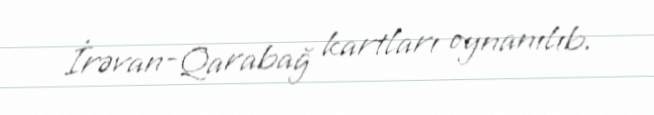
İrəvan-Qarabağ kartları oynanılıb.